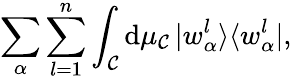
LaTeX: \sum_{\alpha}\sum_{l=1}^{n}\int_{\cal C}\mathrm{d}\mu_{\cal C}\, |w_{\alpha}^{l}\rangle\langle w_{\alpha}^{l}|,